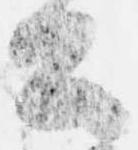
公